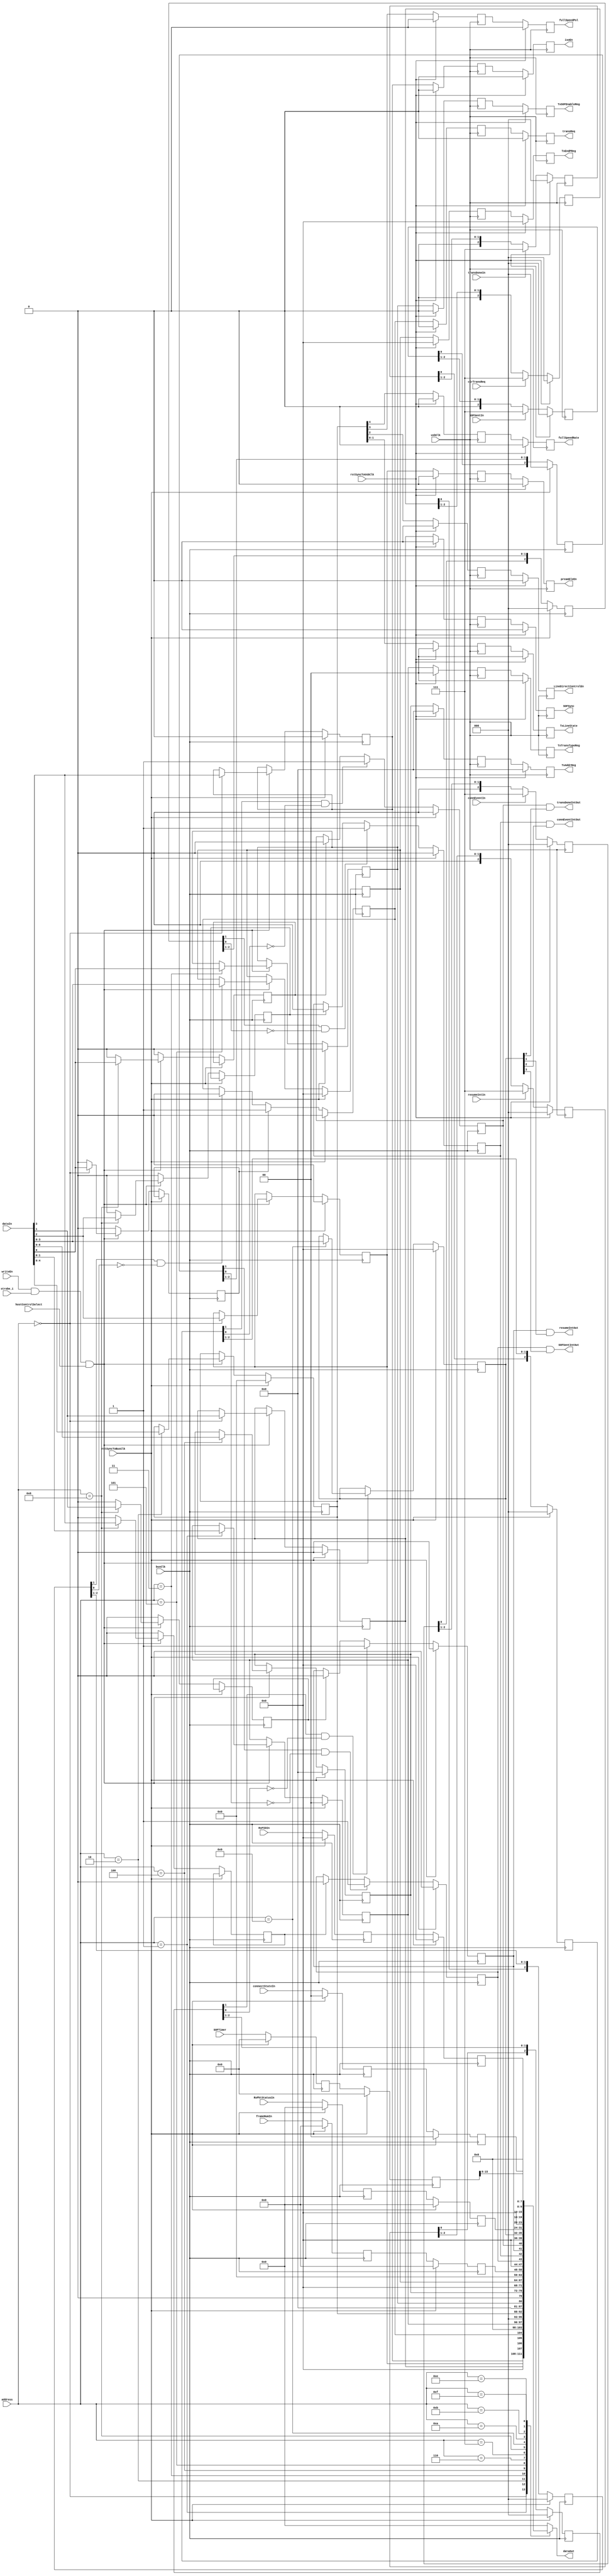
module USBHostControlBI (
	input		[3:0]	address,
	input		[7:0]	dataIn,
	input				writeEn,
	input				strobe_i,
	input				busClk,
	input				rstSyncToBusClk,
	input				usbClk,
	input				rstSyncToUsbClk,
	output	reg	[7:0]	dataOut,
	output				SOFSentIntOut,
	output				connEventIntOut,
	output				resumeIntOut,
	output				transDoneIntOut,

	output	reg	[1:0]	TxTransTypeReg,
	output	reg			TxSOFEnableReg,
	output	reg	[6:0]	TxAddrReg,
	output	reg	[3:0]	TxEndPReg,
	input		[10:0]	frameNumIn,
	input		[7:0]	RxPktStatusIn,
	input		[3:0]	RxPIDIn,
	input		[1:0]	connectStateIn,
	input				SOFSentIn,
	input				connEventIn,
	input				resumeIntIn,
	input				transDoneIn,
	input				hostControlSelect,
	input				clrTransReq,
	output	reg			preambleEn,
	output	reg			SOFSync,
	output	reg	[1:0]	TxLineState,
	output	reg			LineDirectControlEn,
	output	reg			fullSpeedPol,
	output	reg			fullSpeedRate,
	output	reg			transReq,
	output	reg			isoEn,	//enable isochronous mode
	input		[15:0]	SOFTimer
);

	reg		[1:0]	TxTransTypeReg_reg1;
	reg				TxSOFEnableReg_reg1;
	reg		[6:0]	TxAddrReg_reg1;
	reg		[3:0]	TxEndPReg_reg1;

	reg				preambleEn_reg1;
	reg				SOFSync_reg1;
	reg		[1:0]	TxLineState_reg1;
	reg				LineDirectControlEn_reg1;
	reg				fullSpeedPol_reg1; 
	reg				fullSpeedRate_reg1;
	reg				transReq_reg1;
	reg				isoEn_reg1;

	reg		[1:0]	TxControlReg;
	reg		[4:0]	TxLineControlReg;
	reg				clrSOFReq;
	reg				clrConnEvtReq;
	reg				clrResInReq;
	reg				clrTransDoneReq;
	reg				SOFSentInt;
	reg				connEventInt;
	reg				resumeInt;
	reg				transDoneInt;
	reg		[3:0]	interruptMaskReg;
	reg				setTransReq;
	reg		[2:0]	resumeIntInExtend;
	reg		[2:0]	transDoneInExtend;
	reg		[2:0]	connEventInExtend;
	reg		[2:0]	SOFSentInExtend;
	reg		[2:0]	clrTransReqExtend;

	//clock domain crossing sync registers
	//STB = Sync To Busclk
	reg		[1:0]	TxTransTypeRegSTB;
	reg				TxSOFEnableRegSTB;
	reg		[6:0]	TxAddrRegSTB;
	reg		[3:0]	TxEndPRegSTB;
	reg				preambleEnSTB;
	reg				SOFSyncSTB;
	wire	[1:0]	TxLineStateSTB;
	wire			LineDirectControlEnSTB;
	wire			fullSpeedPolSTB; 
	wire			fullSpeedRateSTB;
	reg				transReqSTB;
	reg				isoEnSTB;   
	reg		[10:0]	frameNumInSTB;
	reg		[10:0]	frameNumInSTB_reg1;
	reg		[7:0]	RxPktStatusInSTB;
	reg		[7:0]	RxPktStatusInSTB_reg1;
	reg		[3:0]	RxPIDInSTB;
	reg		[3:0]	RxPIDInSTB_reg1;
	reg		[1:0]	connectStateInSTB;
	reg		[1:0]	connectStateInSTB_reg1;
	reg		[2:0]	SOFSentInSTB;
	reg		[2:0]	connEventInSTB;
	reg		[2:0]	resumeIntInSTB;
	reg		[2:0]	transDoneInSTB;
	reg		[2:0]	clrTransReqSTB;
	reg		[15:0]	SOFTimerSTB;
	reg		[15:0]	SOFTimerSTB_reg1;

	//sync write demux
	always@(posedge busClk) begin
		if(rstSyncToBusClk) begin
			isoEnSTB <= 1'b0;
			preambleEnSTB <= 1'b0;
			SOFSyncSTB <= 1'b0;
			TxTransTypeRegSTB <= 2'b00;
			TxLineControlReg <= 5'h00;
			TxSOFEnableRegSTB <= 1'b0;
			TxAddrRegSTB <= 7'h00;
			TxEndPRegSTB <= 4'h0;
			interruptMaskReg <= 4'h0; end
		else begin
			clrSOFReq <= 1'b0;
			clrConnEvtReq <= 1'b0;
			clrResInReq <= 1'b0;
			clrTransDoneReq <= 1'b0;
			setTransReq <= 1'b0;
			if(writeEn&strobe_i&hostControlSelect) begin
				case (address)
					4'd0: begin
						isoEnSTB <= dataIn[3];
						preambleEnSTB <= dataIn[2];
						SOFSyncSTB <= dataIn[1];
						setTransReq <= dataIn[0];
					end
					4'd1: begin
						TxTransTypeRegSTB <= dataIn[1:0];
					end
					4'd2: begin
						TxLineControlReg <= dataIn[4:0];
					end
					4'd3: begin
						TxSOFEnableRegSTB <= dataIn[0];
					end
					4'd4: begin
						TxAddrRegSTB <= dataIn[6:0];
					end
					4'd5: begin
						TxEndPRegSTB <= dataIn[3:0];
					end
					4'd8: begin
						clrSOFReq <= dataIn[3];
						clrConnEvtReq <= dataIn[2];
						clrResInReq <= dataIn[1];
						clrTransDoneReq <= dataIn[0];
					end
					4'd9: begin
						interruptMaskReg <= dataIn[3:0];
					end
				endcase
			end 
		end
	end

	//interrupt control
	always@(posedge busClk) begin
		if(rstSyncToBusClk) begin
			SOFSentInt <= 1'b0;
			connEventInt <= 1'b0;
			resumeInt <= 1'b0;
			transDoneInt <= 1'b0; end
		else begin
			if(SOFSentInSTB[1]&~SOFSentInSTB[0])	SOFSentInt <= 1'b1;
			else if(clrSOFReq)						SOFSentInt <= 1'b0;
			else									SOFSentInt <= SOFSentInt;
			if(connEventInSTB[1]&~connEventInSTB[0])	connEventInt <= 1'b1;
			else if(clrConnEvtReq)						connEventInt <= 1'b0;
			else										connEventInt <= connEventInt;
			if(resumeIntInSTB[1]&~resumeIntInSTB[0])	resumeInt <= 1'b1;
			else if(clrResInReq)						resumeInt <= 1'b0;
			else										resumeInt <= resumeInt;
			if(transDoneInSTB[1]&~transDoneInSTB[0])	transDoneInt <= 1'b1;
			else if(clrTransDoneReq)					transDoneInt <= 1'b0;
			else										transDoneInt <= transDoneInt;
		end
	end

	//mask interrupts
	assign transDoneIntOut	= transDoneInt & interruptMaskReg[0];
	assign resumeIntOut		= resumeInt & interruptMaskReg[1];
	assign connEventIntOut	= connEventInt & interruptMaskReg[2];
	assign SOFSentIntOut	= SOFSentInt & interruptMaskReg[3]; 

	//transaction request set/clear
	//Since 'busClk' can be a higher freq than 'usbClk',
	//'setTransReq' must be delayed with respect to other control signals, thus
	//ensuring that control signals have been clocked through to 'usbClk' clock
	//domain before the transaction request is asserted.
	//Not sure this is required because there is at least two 'usbClk' ticks between
	//detection of 'transReq' and sampling of related control signals.
	always@(posedge busClk) begin
		if(rstSyncToBusClk)								transReqSTB <= 1'b0;
		else if(setTransReq)							transReqSTB <= 1'b1;
		else if(clrTransReqSTB[1]&~clrTransReqSTB[0])	transReqSTB <= 1'b0;
		else											transReqSTB <= transReqSTB;
	end  
  
	//break out control signals
	assign TxLineStateSTB			= TxLineControlReg[1:0];
	assign LineDirectControlEnSTB	= TxLineControlReg[2];
	assign fullSpeedPolSTB			= TxLineControlReg[3]; 
	assign fullSpeedRateSTB			= TxLineControlReg[4];
  
	// async read mux
	always@(*) begin
		case(address)
			4'd0   : dataOut = {4'b0000, isoEnSTB, preambleEnSTB, SOFSyncSTB, transReqSTB} ;
			4'd1   : dataOut = {6'b000000, TxTransTypeRegSTB};
			4'd2   : dataOut = {3'b000, TxLineControlReg};
			4'd3   : dataOut = {7'b0000000, TxSOFEnableRegSTB};
			4'd4   : dataOut = {1'b0, TxAddrRegSTB};
			4'd5   : dataOut = {4'h0, TxEndPRegSTB};
			4'd6   : dataOut = {5'b00000, frameNumInSTB[10:8]};
			4'd7   : dataOut = frameNumInSTB[7:0];
			4'd8   : dataOut = {4'h0, SOFSentInt, connEventInt, resumeInt, transDoneInt};
			4'd9   : dataOut = {4'h0, interruptMaskReg};
			4'd10  : dataOut = RxPktStatusInSTB;
			4'd11  : dataOut = {4'b0000, RxPIDInSTB};
			4'd14  : dataOut = {6'b000000, connectStateInSTB};
			4'd15  : dataOut = SOFTimerSTB[15:8];
			default: dataOut = 8'h00;
		endcase
	end

	//re-sync from busClk to usbClk. 
	always@(posedge usbClk) begin
		if(rstSyncToUsbClk) begin
			isoEn <= 1'b0;
			isoEn_reg1 <= 1'b0;
			preambleEn <= 1'b0;
			preambleEn_reg1 <= 1'b0;
			SOFSync <= 1'b0;
			SOFSync_reg1 <= 1'b0;
			TxTransTypeReg <= 2'b00;
			TxTransTypeReg_reg1 <= 2'b00;
			TxSOFEnableReg <= 1'b0;
			TxSOFEnableReg_reg1 <= 1'b0;
			TxAddrReg <= {7{1'b0}};
			TxAddrReg_reg1 <= {7{1'b0}};
			TxEndPReg <= 4'h0;
			TxEndPReg_reg1 <= 4'h0;
			TxLineState <= 2'b00;
			TxLineState_reg1 <= 2'b00;
			LineDirectControlEn <= 1'b0;
			LineDirectControlEn_reg1 <= 1'b0;
			fullSpeedPol <= 1'b0; 
			fullSpeedPol_reg1 <= 1'b0; 
			fullSpeedRate <= 1'b0;
			fullSpeedRate_reg1 <= 1'b0;
			transReq <= 1'b0;
			transReq_reg1 <= 1'b0; end
		else begin
			isoEn_reg1 <= isoEnSTB;     
			isoEn <= isoEn_reg1;     
			preambleEn_reg1 <= preambleEnSTB;
			preambleEn <= preambleEn_reg1;
			SOFSync_reg1 <= SOFSyncSTB;
			SOFSync <= SOFSync_reg1;
			TxTransTypeReg_reg1 <= TxTransTypeRegSTB;
			TxTransTypeReg <= TxTransTypeReg_reg1;
			TxSOFEnableReg_reg1 <= TxSOFEnableRegSTB;
			TxSOFEnableReg <= TxSOFEnableReg_reg1;
			TxAddrReg_reg1 <= TxAddrRegSTB;
			TxAddrReg <= TxAddrReg_reg1;
			TxEndPReg_reg1 <= TxEndPRegSTB;
			TxEndPReg <= TxEndPReg_reg1;
			TxLineState_reg1 <= TxLineStateSTB;
			TxLineState <= TxLineState_reg1;
			LineDirectControlEn_reg1 <= LineDirectControlEnSTB;
			LineDirectControlEn <= LineDirectControlEn_reg1;
			fullSpeedPol_reg1 <= fullSpeedPolSTB; 
			fullSpeedPol <= fullSpeedPol_reg1; 
			fullSpeedRate_reg1 <= fullSpeedRateSTB;
			fullSpeedRate <= fullSpeedRate_reg1;
			transReq_reg1 <= transReqSTB;
			transReq <= transReq_reg1; end
	end

	//Extend resumeIntIn etc from 1 tick to 3 ticks
	always@(posedge usbClk) begin
		if(rstSyncToUsbClk) begin
			resumeIntInExtend <= 3'b000;
			transDoneInExtend <= 3'b000;
			connEventInExtend <= 3'b000;
			SOFSentInExtend <= 3'b000;
			clrTransReqExtend <= 3'b000; end
		else begin
			if(resumeIntIn)	resumeIntInExtend <= 3'b111;
			else			resumeIntInExtend <= {1'b0, resumeIntInExtend[2:1]};
			if(transDoneIn)	transDoneInExtend <= 3'b111;
			else			transDoneInExtend <= {1'b0, transDoneInExtend[2:1]};
			if(connEventIn)	connEventInExtend <= 3'b111;
			else			connEventInExtend <= {1'b0, connEventInExtend[2:1]};
			if(SOFSentIn)	SOFSentInExtend <= 3'b111;
			else			SOFSentInExtend <= {1'b0, SOFSentInExtend[2:1]};
			if(clrTransReq)	clrTransReqExtend <= 3'b111;
			else			clrTransReqExtend <= {1'b0, clrTransReqExtend[2:1]};
		end
	end

	//re-sync from usbClk to busClk. Since 'clrTransReq', 'transDoneIn' etc are only asserted 
	//for 3 'usbClk' ticks, busClk freq must be greater than or equal to usbClk/3 freq
	always@(posedge busClk) begin
		if(rstSyncToBusClk) begin
			SOFSentInSTB <= 3'b000;
			connEventInSTB <= 3'b000;
			resumeIntInSTB <= 3'b000;
			transDoneInSTB <= 3'b000;
			clrTransReqSTB <= 3'b000;
			frameNumInSTB <= {11{1'b0}};
			frameNumInSTB_reg1 <= {11{1'b0}};
			RxPktStatusInSTB <= 8'h00;
			RxPktStatusInSTB_reg1 <= 8'h00;
			RxPIDInSTB <= 4'h0;
			RxPIDInSTB_reg1 <= 4'h0;
			connectStateInSTB <= 2'b00;
			connectStateInSTB_reg1 <= 2'b00;
			SOFTimerSTB <= 16'h0000;
			SOFTimerSTB_reg1 <= 16'h0000; end
		else begin
			frameNumInSTB_reg1 <= frameNumIn;
			frameNumInSTB <= frameNumInSTB_reg1;
			RxPktStatusInSTB_reg1 <= RxPktStatusIn;
			RxPktStatusInSTB <= RxPktStatusInSTB_reg1;
			RxPIDInSTB_reg1 <= RxPIDIn;
			RxPIDInSTB <= RxPIDInSTB_reg1;
			connectStateInSTB_reg1 <= connectStateIn;
			connectStateInSTB <= connectStateInSTB_reg1;
			SOFSentInSTB <= {SOFSentInExtend[0], SOFSentInSTB[2:1]};
			connEventInSTB <= {connEventInExtend[0], connEventInSTB[2:1]};
			resumeIntInSTB <= {resumeIntInExtend[0], resumeIntInSTB[2:1]};
			transDoneInSTB <= {transDoneInExtend[0], transDoneInSTB[2:1]};
			clrTransReqSTB <= {clrTransReqExtend[0], clrTransReqSTB[2:1]};
			//FIXME. It is not safe to pass 'SOFTimer' multi-bit signal between clock domains this way
			//All the other multi-bit signals will be static at the time that they are
			//read, but 'SOFTimer' will not be static.
			SOFTimerSTB_reg1 <= SOFTimer; 
			SOFTimerSTB <= SOFTimerSTB_reg1; end
	end

endmodule